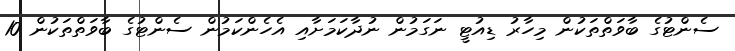
ސެންޓުގެ ބާވަތްތަކުން މިހާރު ޑިއުޓީ ނަގަމުން ނުދާކަމަށާއި އެހެންކަމުން ސެންޓުގެ ބާވަތްތަކުން 10